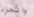
والجزء